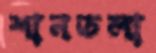
শানতলা